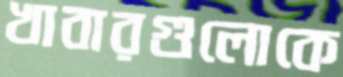
খাবারগুলোকে